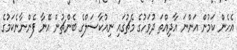
އެހެން ކަމުން އަންނަ އާދިއްތަ ދުވަހުގެ މެޗުގައި ނިއުކާސަލްގެ ބެންޗުން އޭނާ ފެންނާނެކަމުގެ